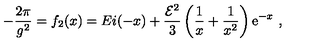
- { \frac { 2 \pi } { g ^ { 2 } } } = f _ { 2 } ( x ) = E i ( - x ) + { \frac { { \cal E } ^ { 2 } } { 3 } } \left( { \frac { 1 } { x } } + { \frac { 1 } { x ^ { 2 } } } \right) { \mathrm e } ^ { - x } \ ,